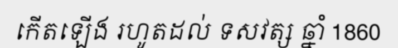
កើតឡើង រហូតដល់ ទសវត្ស ឆ្នាំ 1860